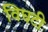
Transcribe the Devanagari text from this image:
विघटी